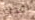
اعدك